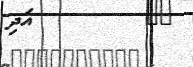
٨٥         އަދި